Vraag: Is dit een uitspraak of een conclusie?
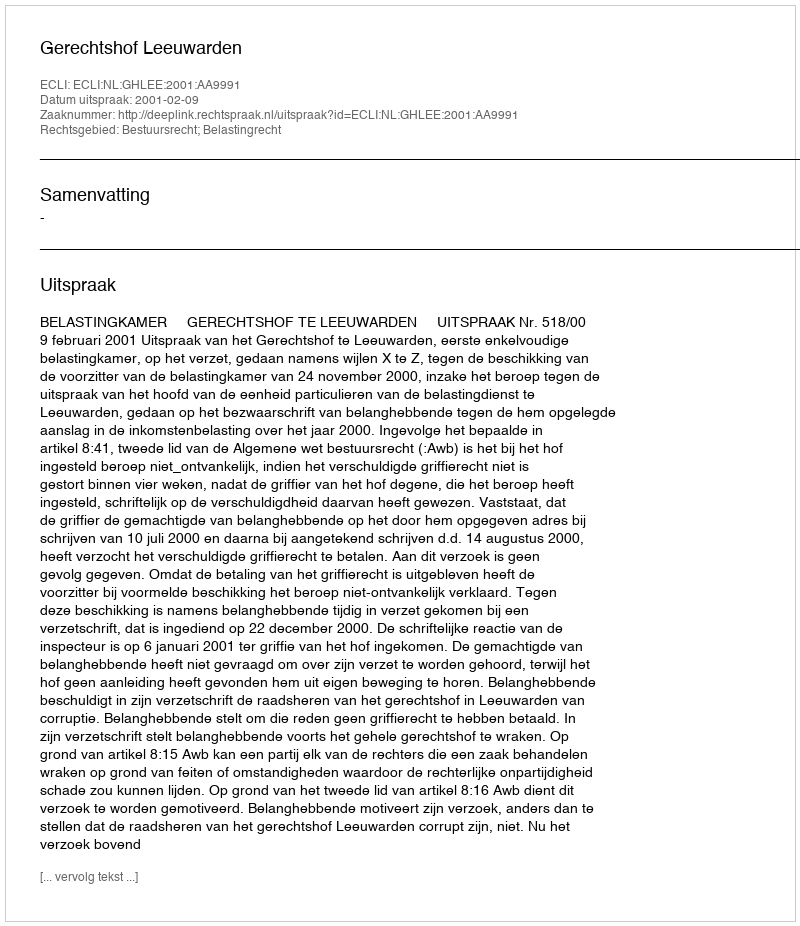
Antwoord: Uitspraak